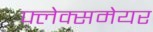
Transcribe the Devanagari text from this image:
फ्लेक्समेयर